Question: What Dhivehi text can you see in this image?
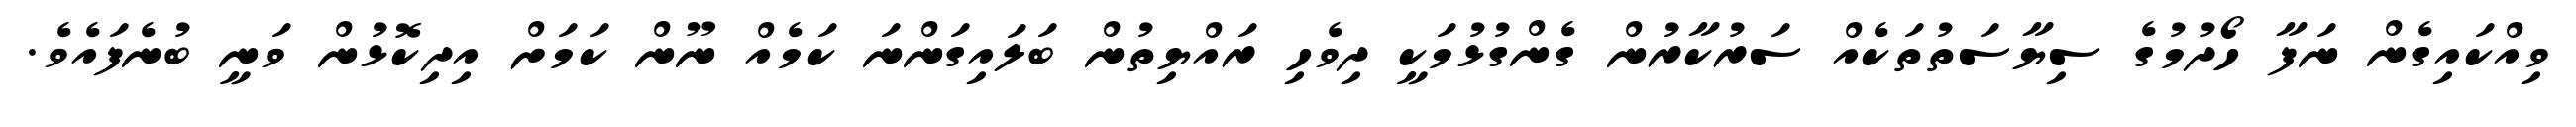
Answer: ވިއްކައިގެން ނަފާ ހޯދުމުގެ ސިޔާސަތުތަކެއް ސަރުކާރުން ގެންގުޅުމަކީ ދިވެހި ރައްޔިތުން ބަލައިގަންނަ ކަމެއް ނޫން ކަމަށް އިދިކޮޅުން ވަނީ ބުނެފައެވެ.